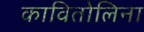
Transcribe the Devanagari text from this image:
कावितोलिना